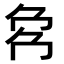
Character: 𠜌